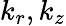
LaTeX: k_{r},k_{z}